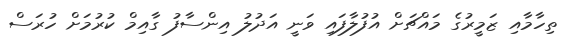
ތިހާމާއި ޒަމީރުގެ މައްޗަށް އުފުލާފައި ވަނީ އަދުލު އިންސާފު ގާއިމް ކުރުމަށް ހުރަސް